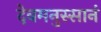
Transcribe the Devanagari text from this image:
देवमनुस्सानं